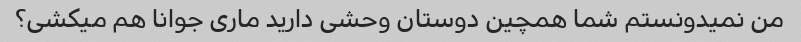
من نمیدونستم شما همچین دوستان وحشی دارید ماری جوانا هم میکشی؟